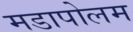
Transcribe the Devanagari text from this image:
मडापोलम